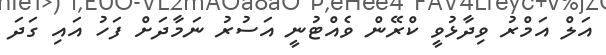
އަލް އަމްރު ވިދާޅުވީ ކްރޭން ވެއްޓުނީ އަސުރު ނަމާދަށް ފަހު އައި ގަދަ